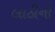
લાઠીનો